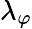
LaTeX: \lambda_{\varphi}